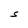
Character: S